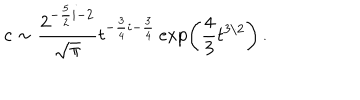
LaTeX: c \sim { \frac { 2 ^ { - { \frac { 5 } { 2 } } i - 2 } } { \sqrt { \pi } } } t ^ { - { \frac { 3 } { 4 } } i - { \frac { 3 } { 4 } } } \exp \left( { \frac { 4 } { 3 } } t ^ { 3 / 2 } \right) \, .